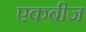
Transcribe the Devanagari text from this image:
एकबीज